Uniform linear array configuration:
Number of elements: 4
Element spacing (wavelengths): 0.75
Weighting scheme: exponential
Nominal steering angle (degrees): -30
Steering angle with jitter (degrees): -28.222
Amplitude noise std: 0.05
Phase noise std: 0.05

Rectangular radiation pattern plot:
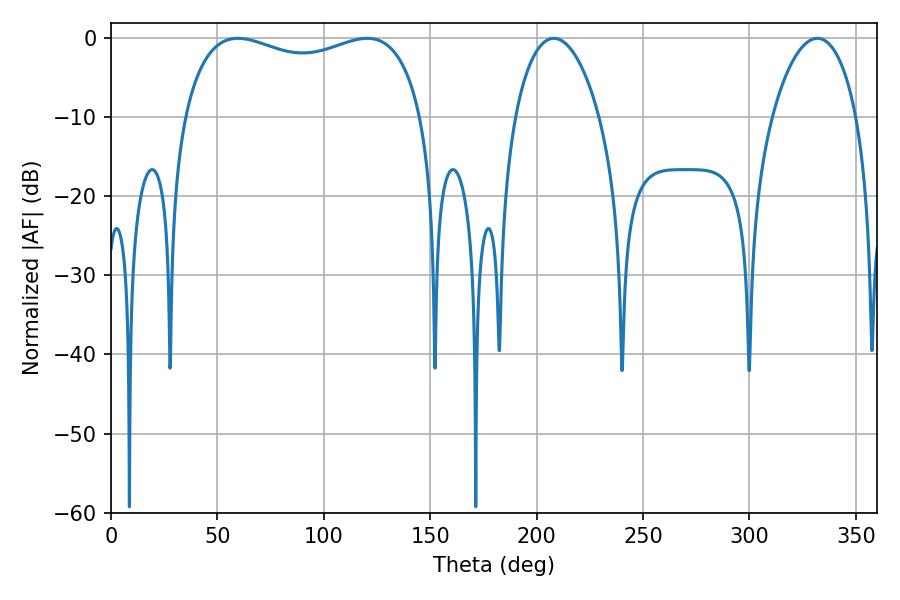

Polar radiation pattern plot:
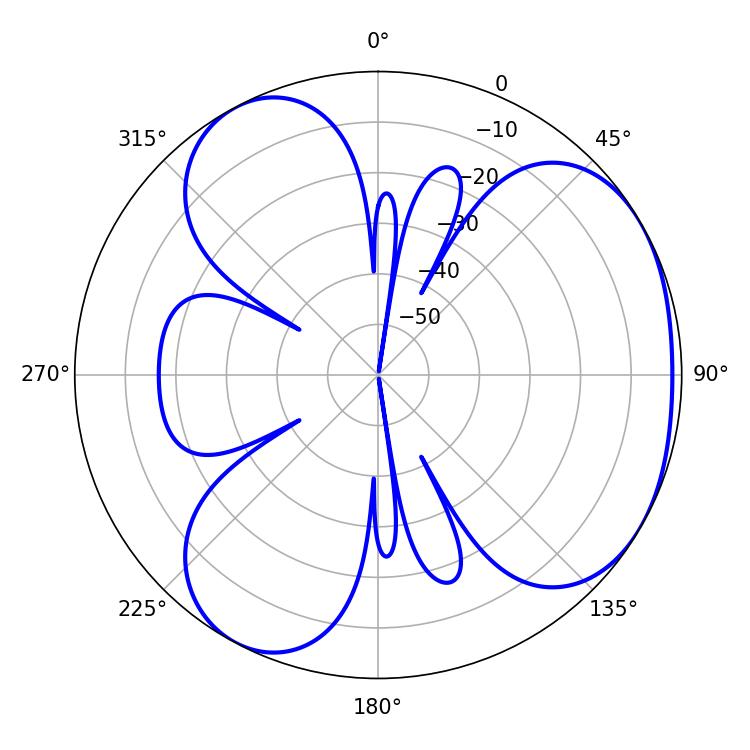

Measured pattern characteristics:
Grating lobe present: TRUE
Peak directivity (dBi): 3.823
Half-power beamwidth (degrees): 22.32
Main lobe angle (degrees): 208.08